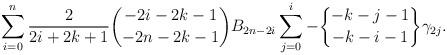
LaTeX: \begin{align*} \sum\limits_{i=0}^n \frac{2}{2i+2k+1} {-2i-2k-1 \choose -2n-2k-1} B_{2n-2i} \sum\limits_{j=0}^i -{-k-j-1\brace -k-i-1}\gamma_{2j}.\end{align*}